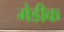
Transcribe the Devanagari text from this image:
मेडीक